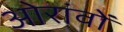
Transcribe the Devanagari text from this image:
ओरांवों